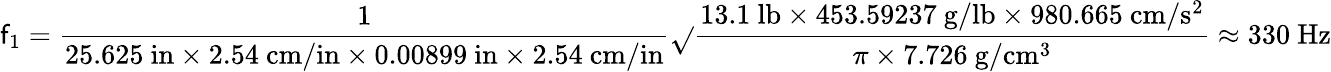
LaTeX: \mathsf{f}_{1}={\frac{{1}}{{25.625\ \mathrm{{in}}\times2.54\ \mathrm{{cm/in}}\times0.00899\ \mathrm{{in}}\times2.54\ \mathrm{{cm/in}}}}}{\sqrt{}{{\frac{{13.1\ \mathrm{{lb}}\times453.59237\ \mathrm{{g/lb}}\times980.665\ \mathrm{{cm/s^{2}}}}}{{\pi\times7.726\ \mathrm{{g/cm^{3}}}}}}}}\approx330\ \mathrm{{Hz}}